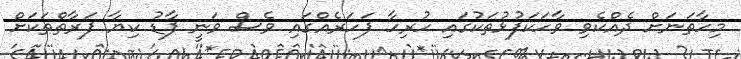
މިހާތަނަށް ދެއްކެވި ވާހަކަފުޅުތަކުގައި ހުރިހާ ފަހަރެއްގައި ވެސް ވަނީ ފާޑު ކިޔާ ފަރާތްތަކަށް